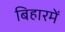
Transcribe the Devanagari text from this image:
बिहारमें